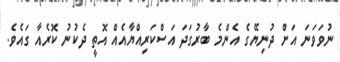
ނުވަވަނަ އަށް ދުނިޔޭގެ އެންމެ ބާރުގަދަ އަސްކަރިއްޔާއެއް އޮތީ ދެކުނު ކޮރެއާ ގައެވެ.